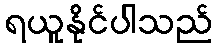
ရယူနိုင်ပါသည်